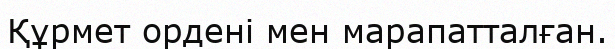
Құрмет ордені мен марапатталған.